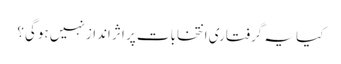
کیا یہ گرفتاری انتخابات پر اثر انداز نہیں ہوگی؟